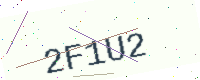
Text: 2F1U2